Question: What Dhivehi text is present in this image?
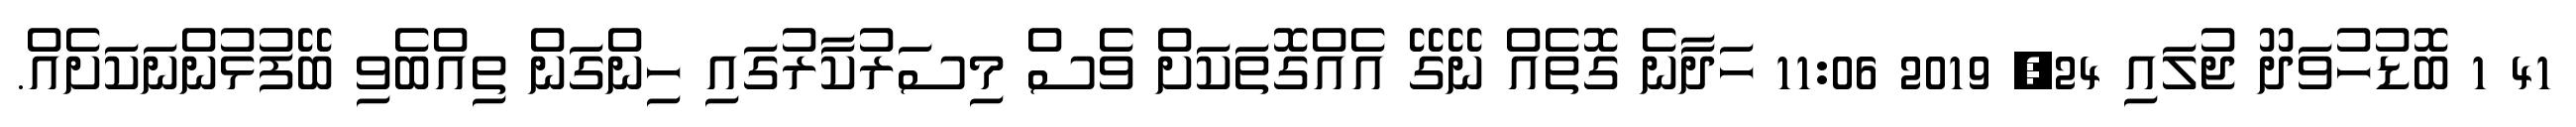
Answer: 41 1 ބޮޑުހުވަދޫ ޖުލައި 24, 2019 11:06 ހަދާނެ ގޮތެއް ނޭގޭ އެއްގޮތަކަށް ވެސް މިސަރުކާރުގައި ހިންގަން ތިއްބެވި ބޭފުޅުންނަކަށެއް.